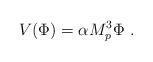
LaTeX: \begin{align*} V(\Phi) =\alpha M_p^3 \Phi \ .\end{align*}